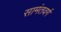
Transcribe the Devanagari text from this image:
सामंतवर्ग